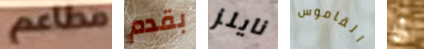
مطاعم بقدم نايلز القاموس أن